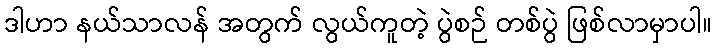
ဒါဟာ နယ်သာလန် အတွက် လွယ်ကူတဲ့ ပွဲစဉ် တစ်ပွဲ ဖြစ်လာမှာပါ။